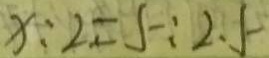
x : 2 = 5 : 2 . 5